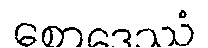
စောဒေဿံ